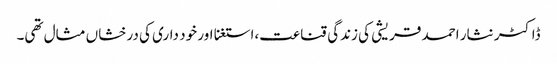
ڈاکٹر نثار احمد قریشی کی زندگی قناعت،استغنا اور خود داری کی درخشاں مثال تھی۔